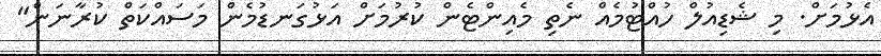
އެޅުމަށް. މި ޝެޑިއުލް ހުއްޓުމެއް ނެތި މެއިންޓެން ކުރުމަށް އަޅުގަނޑުމެން މަސައްކަތް ކުރާނަން"